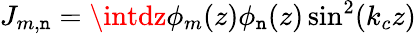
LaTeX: J_{m,\mathtt{n}}=\intdz\phi_{m}(z)\phi_{\mathtt{n}}(z)\sin^{2}(k_{c}z)